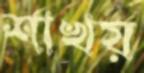
শাখয়